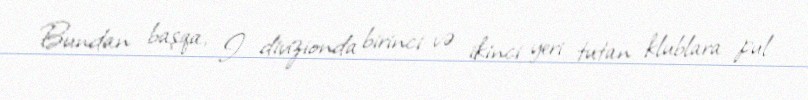
Bundan başqa, I divizionda birinci və ikinci yeri tutan klublara pul